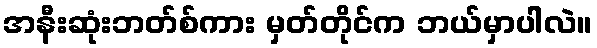
အနီးဆုံးဘတ်စ်ကား မှတ်တိုင်က ဘယ်မှာပါလဲ။